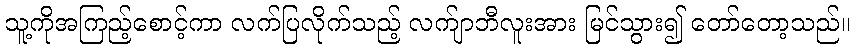
သူ့ကိုအကြည့်စောင့်ကာ လက်ပြလိုက်သည့် လက်ျာဘီလူးအား မြင်သွား၍ တော်တော့သည်။